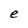
Character: e